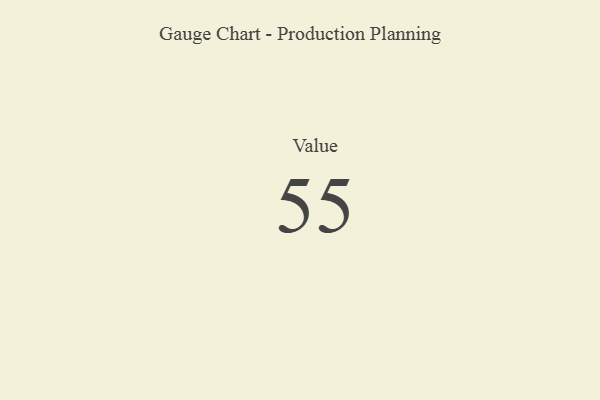
{"axis": {"x": "Metric", "y": "Value"}, "legend": [""], "data": [{"x": "Value", "y": 55, "type": ""}]}